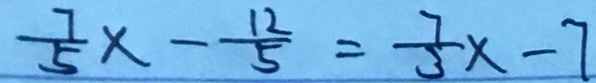
\frac { 7 } { 5 } x - \frac { 1 2 } { 5 } = \frac { 7 } { 3 } x - 7